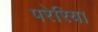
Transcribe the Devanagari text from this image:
परेरिया